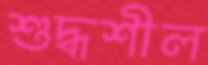
শুদ্ধশীল